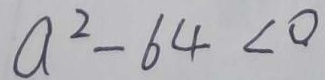
a ^ { 2 } - 6 4 < 0